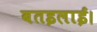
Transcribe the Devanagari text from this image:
बतइलाई।